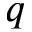
q